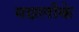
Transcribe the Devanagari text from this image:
मछलीके